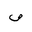
Letter: _sad